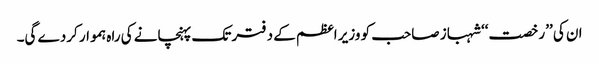
ان کی ’’رخصت‘‘ شہباز صاحب کو وزیر اعظم کے دفتر تک پہنچانے کی راہ ہموار کردے گی۔